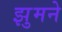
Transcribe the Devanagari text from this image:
झुमने